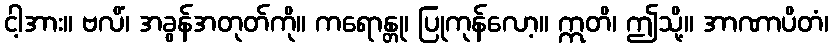
ငါ့အား။ ဗလိံ၊ အခွန်အတုတ်ကို။ ကရောန္တု၊ ပြုကုန်လော့။ ဣတိ၊ ဤသို့။ အာဏာပိတံ၊